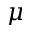
\mu